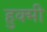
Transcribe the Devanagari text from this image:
हुक्मी